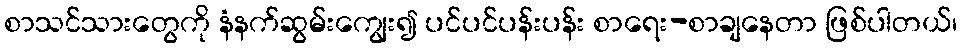
စာသင်သားတွေကို နံနက်ဆွမ်းကျွေး၍ ပင်ပင်ပန်းပန်း စာရေး-စာချနေတာ ဖြစ်ပါတယ်၊